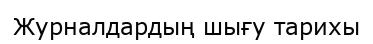
Журналдардың шығу тарихы